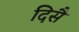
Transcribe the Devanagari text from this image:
दिसै